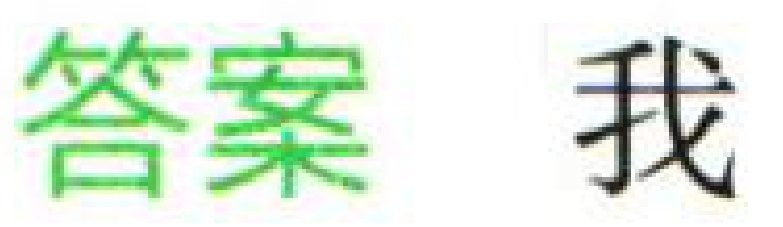
答案 我